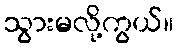
သွားမလို့ကွယ်။